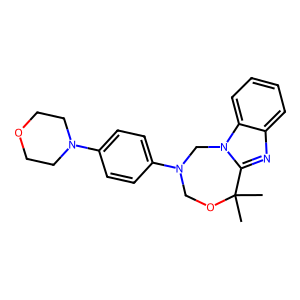
SMILES: CC1(C)OCN(c2ccc(N3CCOCC3)cc2)Cn2c1nc1ccccc12
Inhibits HIV replication: No